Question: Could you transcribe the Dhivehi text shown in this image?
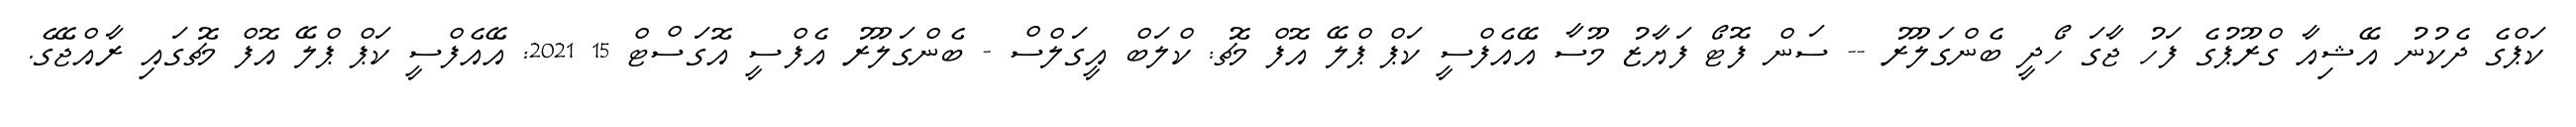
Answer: ކަޕްގެ ދެކުނު އޭޝިއާ ގްރޫޕުގެ ފަހު ޖާގަ ހޯދީ ބެންގަލޫރު -- ސަން ފޮޓޯ ފަޔާޒު މޫސާ އޭއެފްސީ ކަޕް ޕްލޭ އޮފް މެޗު: ކްލަބް އީގަލްސް - ބެންގަލޫރު އެފްސީ އޮގަސްޓް 15 2021: އޭއެފްސީ ކަޕް ޕްލޭ އޮފް މެޗުގައި ރާއްޖޭގެ.